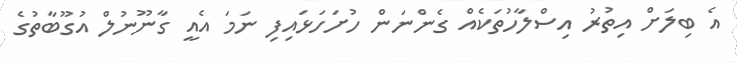
އެ ބިލަށް އިތުރު އިސްލާހުތަކެއް ގެންނަން ހުށަހަޅައިފި ނަމަ އެއީ ގާނޫނުލް އުގޫބާތުގެ